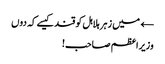
← میں زہر ہلاہل کو قند کیسے کہ دوں
وزیراعظم صاحب!